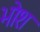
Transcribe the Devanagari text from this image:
भोश